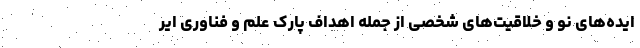
ایده‌های نو و خلاقیت‌های شخصی از جمله اهداف پارک علم و فناوری ایر